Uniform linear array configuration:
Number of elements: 64
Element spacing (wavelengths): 0.75
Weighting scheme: uniform
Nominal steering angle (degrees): -60
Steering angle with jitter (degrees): -58.984
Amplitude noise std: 0.05
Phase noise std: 0.05

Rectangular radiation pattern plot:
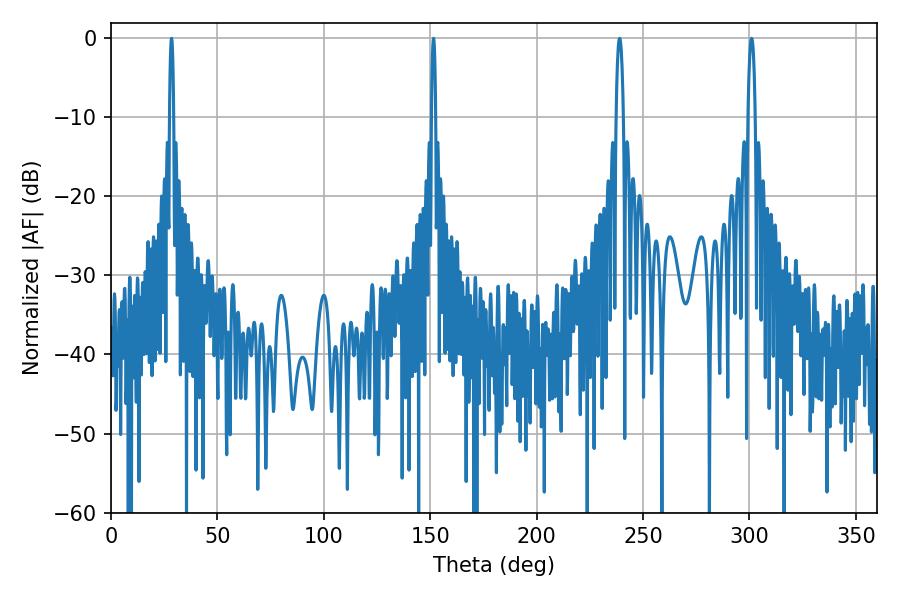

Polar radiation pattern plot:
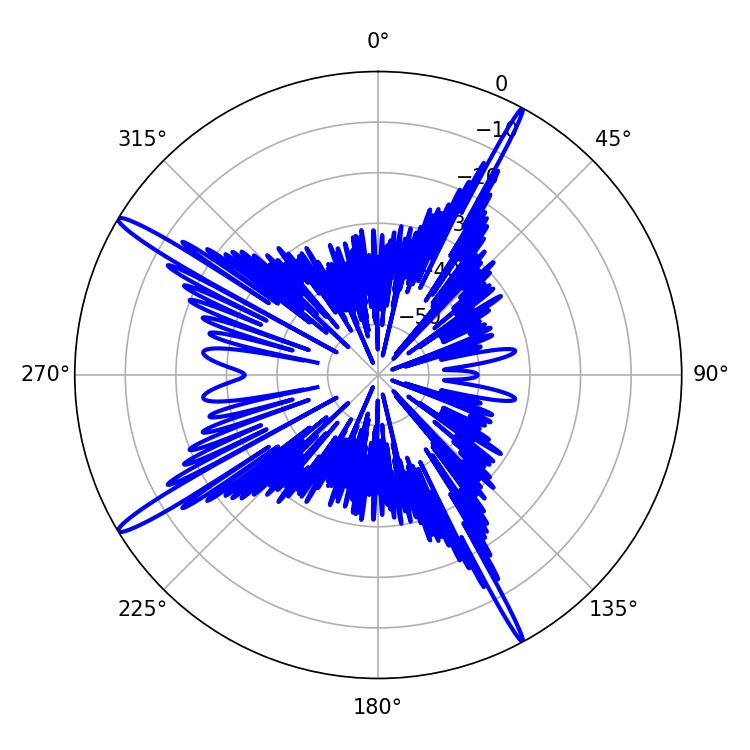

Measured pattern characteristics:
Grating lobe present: TRUE
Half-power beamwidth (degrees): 1.08
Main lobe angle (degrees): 28.44